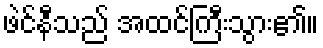
ဖဲင်နီသည် အထင်ကြီးသွား၏။